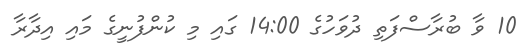
10 ވާ ބުރާސްފަތި ދުވަހުގެ 14:00 ގައި މި ކުންފުނީގެ މައި އިދާރާ